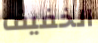
الخفيف